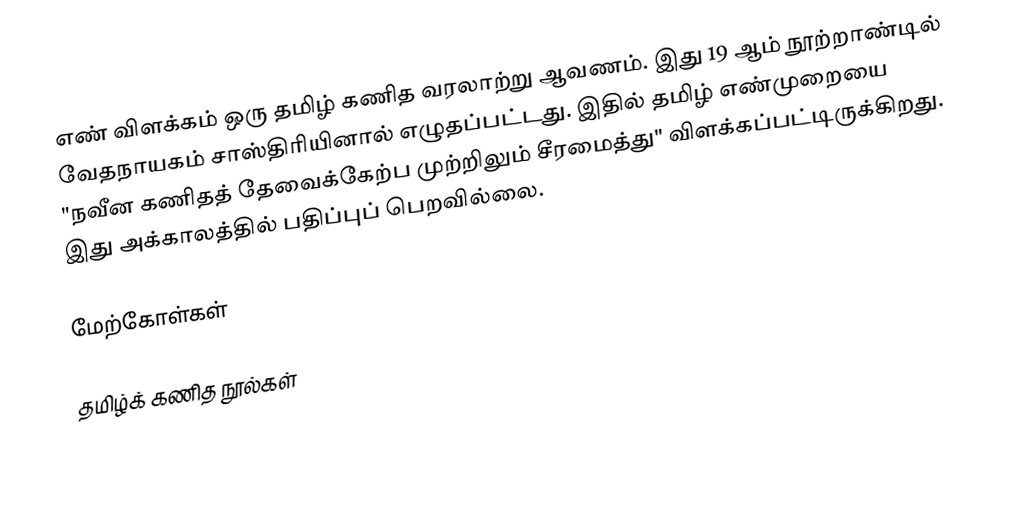
எண் விளக்கம் ஒரு தமிழ் கணித வரலாற்று ஆவணம். இது 19 ஆம் நூற்றாண்டில் வேதநாயகம் சாஸ்திரியினால் எழுதப்பட்டது. இதில் தமிழ் எண்முறையை "நவீன கணிதத் தேவைக்கேற்ப முற்றிலும் சீரமைத்து" விளக்கப்பட்டிருக்கிறது. இது அக்காலத்தில் பதிப்புப் பெறவில்லை.

மேற்கோள்கள்

தமிழ்க் கணித நூல்கள்